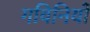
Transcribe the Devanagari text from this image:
गविनियों